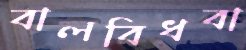
বালবিধবা